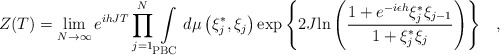
\begin{align*}Z(T) =\lim_{N \rightarrow \infty} e^{ihJT} \prod\limits_{j=1}^N\int\limits_{\rm PBC} { {d\mu \left( {\xi _j^*,\xi _j} \right)}\exp\left\{ {2J {\ln\left( {{{1+e^{-i\epsilon h}\xi _j^*\xi _{j-1}} \over {1+\xi _j^*\xi_j}}}\right)}} \right\}}\quad,\end{align*}